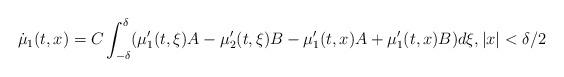
LaTeX: \begin{align*}\dot\mu_1(t,x)=C\int_{-\delta}^\delta (\mu_1'(t,\xi)A-\mu_2'(t,\xi)B-\mu_1'(t,x)A+\mu_1'(t,x)B)d\xi, |x|<\delta/2\end{align*}